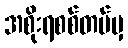
အစိုးရစစ်တပ်မှ